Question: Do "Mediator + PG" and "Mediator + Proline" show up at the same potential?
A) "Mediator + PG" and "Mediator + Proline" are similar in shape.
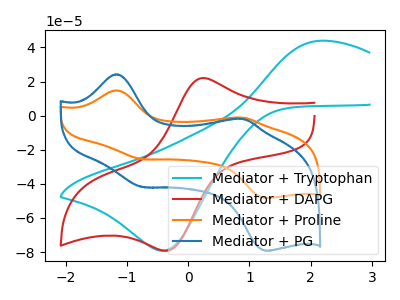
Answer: <think>The cyan curve "Mediator + Tryptophan" has an anodic peak at (2.10V, 43.80uA) and a cathodic peak at (-0.40V, -79.20uA). The red curve "Mediator + DAPG" has an anodic peak at (0.25V, 22.00uA) and a cathodic peak at (-0.35V, -79.25uA). The orange curve "Mediator + Proline" has anodic peaks at (-1.20V, 14.80uA) (0.90V, -1.20uA) and cathodic peaks at (-0.75V, -25.55uA) (1.25V, -48.30uA). The blue curve "Mediator + PG" has anodic peaks at (-1.20V, 24.25uA) (0.90V, -1.95uA) and cathodic peaks at (-0.75V, -41.85uA) (1.25V, -79.25uA).
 All the peaks in "Mediator + PG" have a peak in "Mediator + Proline" at the same potential.</think>
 <answer>A) "Mediator + PG" and "Mediator + Proline" are similar in shape.</answer>
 <eval>A</eval>